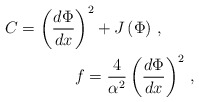
\begin{align*}C=\left( \frac{d\Phi }{dx}\right) ^{2}+J\left( \Phi \right) \,,\ \ \ \ \ \ \\ \ \ \ \ \ \ \ \ \ \ \ \ \ \ \ \ \ \ \ \ \ f=\frac{4}{\alpha ^{2}}\left( \frac{d\Phi }{dx}\right) ^{2}\,, \end{align*}